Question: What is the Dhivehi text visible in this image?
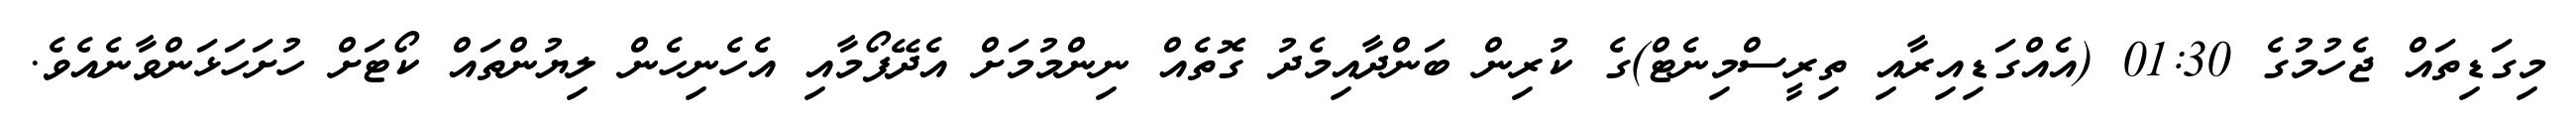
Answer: މިގަޑިތައް ޖެހުމުގެ 01:30 (އެއްގަޑިއިރާއި ތިރީސްމިނެޓް)ގެ ކުރިން ބަންދާއިމެދު ގޮތެއް ނިންމުމަށް އެދޭފޯމާއި އެހެނިހެން ލިޔުންތައް ކޯޓަށް ހުށަހަޅަންވާނެއެވެ.